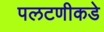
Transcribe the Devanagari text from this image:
पलटणीकडे